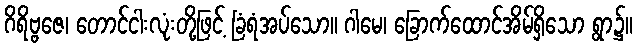
ဂိရိဗ္ဗဇေ၊ တောင်ငါးလုံးတို့ဖြင့် ခြံရံအပ်သော။ ဂါမေ၊ ခြောက်ထောင်အိမ်ရှိသော ရွာ၌။